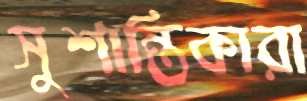
সুশান্তিকারা